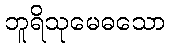
ဘူရိသုမေဓသော